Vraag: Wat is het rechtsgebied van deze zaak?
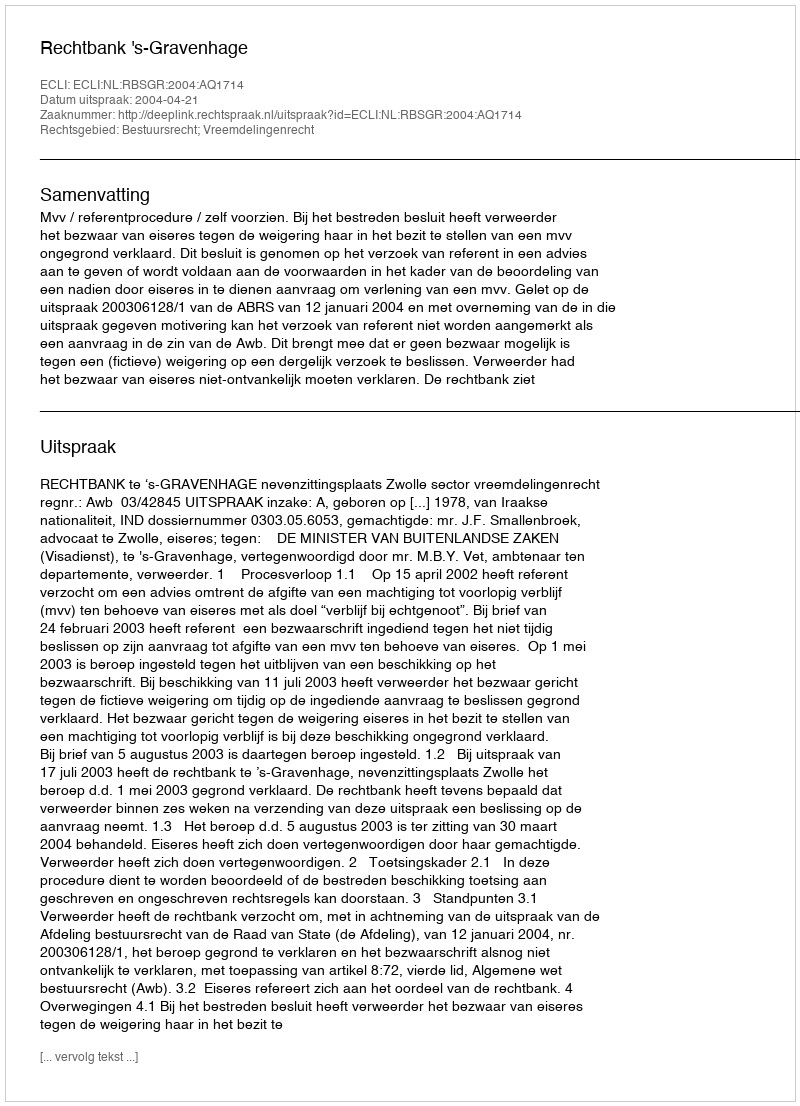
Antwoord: Bestuursrecht; Vreemdelingenrecht